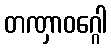
တဏှာဝဂ္ဂေါ